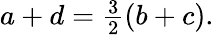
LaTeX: \begin{array}{r}{a+d=\frac{3}{2}(b+c).}\end{array}